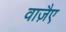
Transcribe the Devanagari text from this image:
वाजै़ए